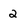
Character: 2